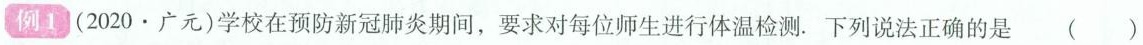
例1 (2020·广元)学校在预防新冠肺炎期间，要求对每位师生进行体温检测。下列说法正确的是()